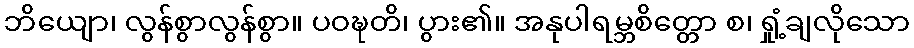
ဘိယျော၊ လွန်စွာလွန်စွာ။ ပဝဍ္ဎတိ၊ ပွား၏။ အနုပါရမ္ဘစိတ္တော စ၊ ရှုံ့ချလိုသော